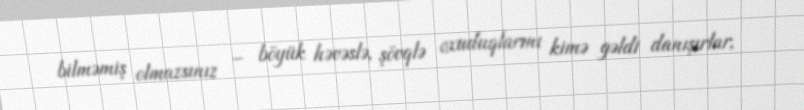
bilməmiş olmazsınız – böyük həvəslə, şövqlə oxuduqlarını kimə gəldi danışırlar,